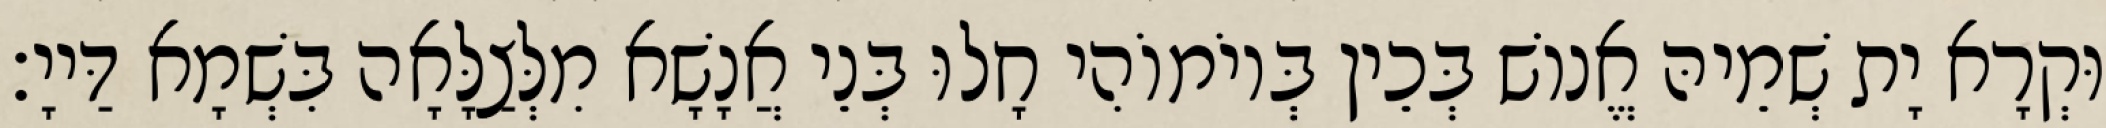
וּקְרָא יָת שְׁמֵיהּ אֱנוֹשׁ בְּכֵין בְּיוֹמוֹהִי חָלוּ בְּנֵי אֲנָשָׁא מִלְּצַלָּאָה בִּשְׁמָא דַּייָ׃